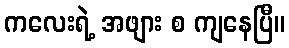
ကလေးရဲ့ အဖျား စ ကျနေပြီ။